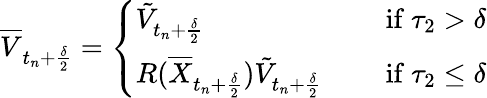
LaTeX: \begin{array}{r}{\overline{{V}}_{t_{n}+\frac{\delta}{2}}=\left\{ \begin{array}{ll}{\tilde{V}_{t_{n}+\frac{\delta}{2}}\quad}&{\mathrm{~if~}\tau_{2}>\delta}\\ {R(\overline{{X}}_{t_{n}+\frac{\delta}{2}})\tilde{V}_{t_{n}+\frac{\delta}{2}}\quad}&{\mathrm{~if~}\tau_{2}\leq\delta}\end{array}\right.}\end{array}